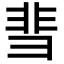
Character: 𬰙